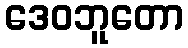
ဒေဝဘူတော